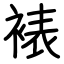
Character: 裱